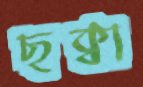
ছক্বা